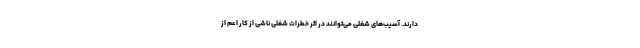
دارند. آسیب‌های شغلی می‌توانند در اثر خطرات شغلی ناشی از کار اعم از